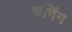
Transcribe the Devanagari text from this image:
चगिंग